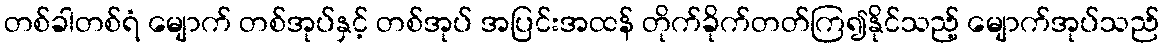
တစ်ခါတစ်ရံ မျောက် တစ်အုပ်နှင့် တစ်အုပ် အပြင်းအထန် တိုက်ခိုက်တတ်ကြ၍နိုင်သည့် မျောက်အုပ်သည်